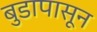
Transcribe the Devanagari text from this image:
बुडापासून